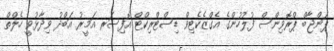
ޕަންޖާބް ޕްރޮވިންސް ފުލުހުންގެ އެގްޒެކެޓިވް ޑިސްޓްރިކްޓް އޮފިސަރ އަމީރު އަބްދު ވިދާޅުވީ ހެލްތް